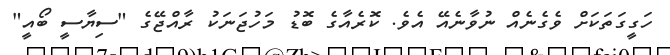
ހަގީގަތަކަށް ވެގެނެއް ނުވާނެއޭ އެވެ. ކޮރެއާގެ ބޮޑު މަހުޖަނަކު ރާއްޖޭގެ "ސިޔާސީ ބޯއީ"